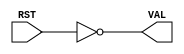
module ResetToBool( RST, VAL);
   
   input  RST;
   output VAL;
   
   assign VAL = (RST == 1'b0);
   
endmodule